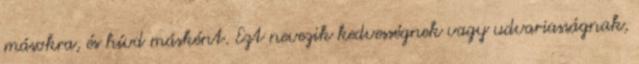
másokra, és hívd másként. Ezt nevezik kedvességnek vagy udvariasságnak,